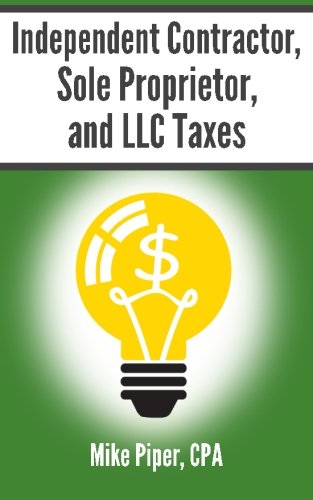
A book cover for Independent Contractor, Sole Proprietor, and LLC Taxes Explained in 100 Pages or Less; Mike Piper; Business & Money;